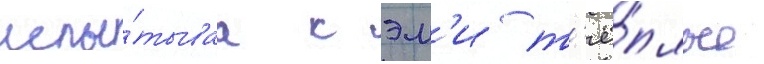
испы́тываа к эм'и т'ё́плые